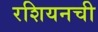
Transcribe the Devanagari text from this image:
रशियनची